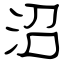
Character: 沼